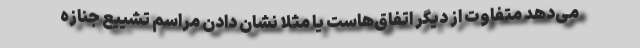
می‌دهد متفاوت از دیگر اتفاق‌هاست یا مثلا نشان دادن مراسم تشییع جنازه